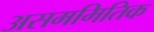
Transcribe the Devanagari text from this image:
असममितिक